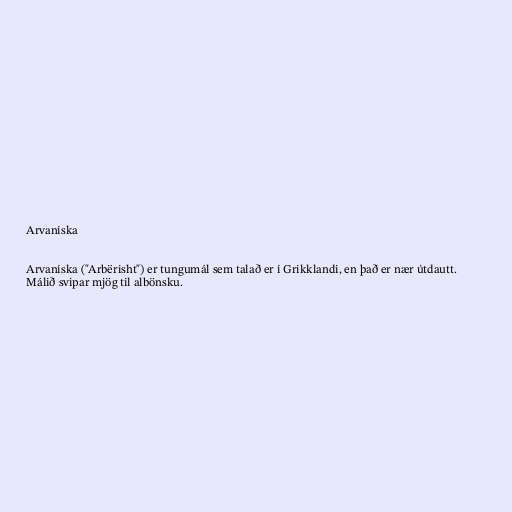
Arvaníska

Arvaníska ("Arbërisht") er tungumál sem talað er í Grikklandi, en það er nær útdautt.
Málið svipar mjög til albönsku.